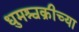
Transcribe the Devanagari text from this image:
धुमश्चक्रीच्या